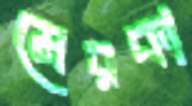
মেরকা